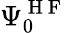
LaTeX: \Psi_{0}^{\mathrm{~H~F~}}